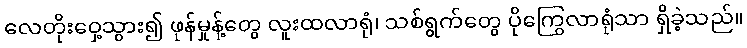
လေတိုးဝှေ့သွား၍ ဖုန်မှုန့်တွေ လူးထလာရုံ၊ သစ်ရွက်တွေ ပိုကြွေလာရုံသာ ရှိခဲ့သည်။